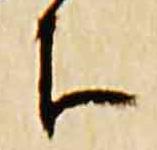
下